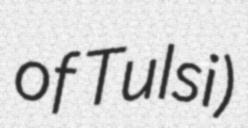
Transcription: of Tulsi)